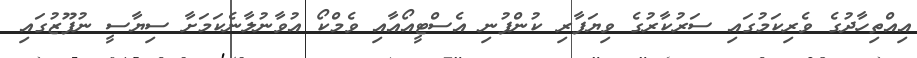
އިއްތިހާދުގެ ވެރިކަަމުގަައި ސަރުކާރުގެ ވިޔަފާރި ކުންފުނި އެސްޓީއޯއާއި ވެމްކޯ އުވާނުލާނެކަމަށާ ސިޔާސީ ނުފޫޒުގައި